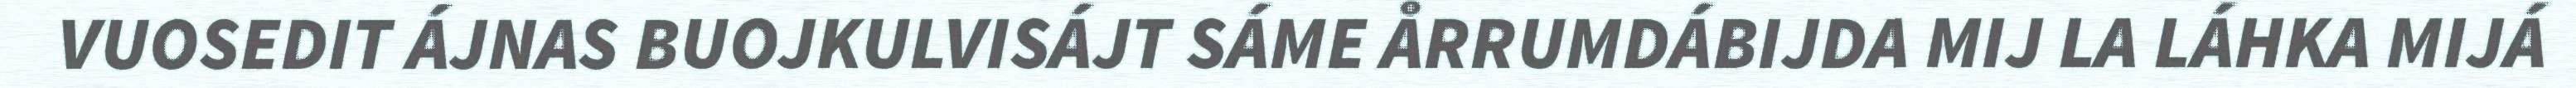
VUOSEDIT ÁJNAS BUOJKULVISÁJT SÁME ÅRRUMDÁBIJDA MIJ LA LÁHKA MIJÁ